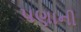
પણાની